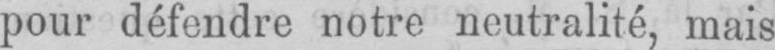
pour défendre notre neutralité, mais